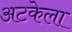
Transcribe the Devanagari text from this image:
अटकेला